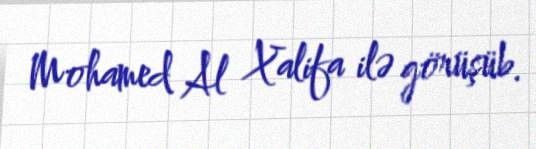
Mohamed Al Xalifa ilə görüşüb.